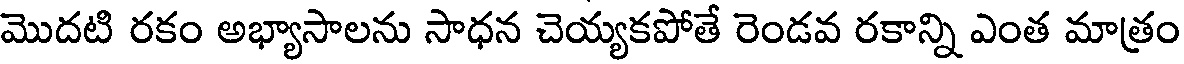
మొదటి రకం అభ్యాసాలను సాధన చెయ్యకపోతే రెండవ రకాన్ని ఎంత మాత్రం